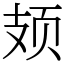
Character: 𫠆